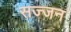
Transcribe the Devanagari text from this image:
सज्‍जन